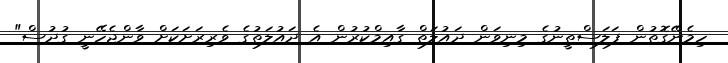
ހިމެނޭގޮތުން ފަލަސްތީނުގެ މިނިވަން ދައުލަތް ގާއިމްކުރުން އެ ދައުލަތުގެ ވެރިރަށަކަށް ވާންޖެހޭނީ ގުދުސް"